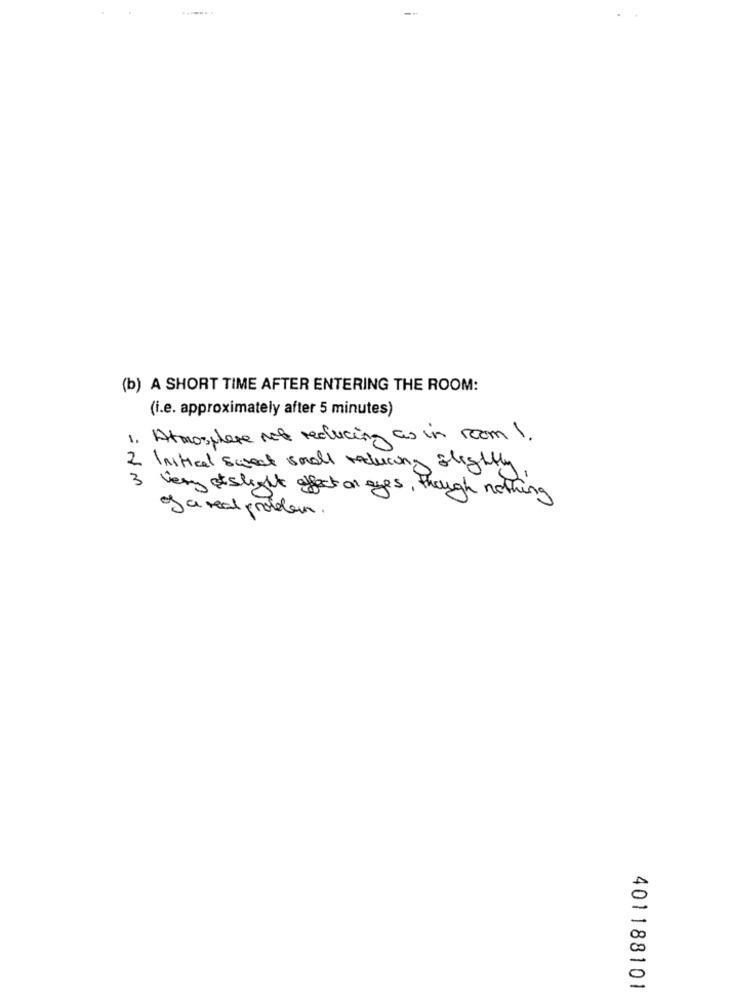
-.
(b) A SHORT TIME AFTER ENTERING THE ROOM:
(i.e. approximately after 5 minutes)
1. Atmosphere not reducing as in room 1.
2 Initical sweet small reducing slightly
3
Very slight affect or ages , though nothing
J a real problem.
401188101